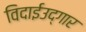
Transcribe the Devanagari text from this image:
विदाईउद्गार